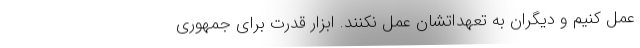
عمل کنیم و دیگران به تعهداتشان عمل نکنند. ابزار قدرت برای جمهوری